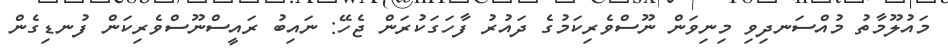
މައުލޫމާތު މުއްސަނދިވި މިނިވަން ނޫސްވެރިކަމުގެ ދައުރު ފާހަގަކުރަން ޖެހޭ: ނައިބު ރައީސްނޫސްވެރިކަން ފުނޑިގެން